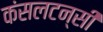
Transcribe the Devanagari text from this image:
कंसलटन्सी